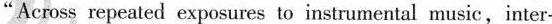
“Across repeated exposures to instrumental music,inter-